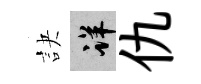
訣详仇